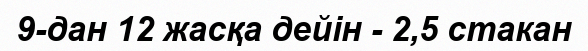
9-дан 12 жасқа дейін - 2,5 стакан